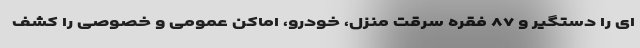
ای را دستگیر و ۸۷ فقره سرقت منزل، خودرو، اماکن عمومی و خصوصی را کشف